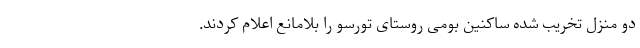
دو منزل تخریب شده ساکنین بومی روستای تورسو را بلامانع اعلام کردند.